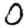
Digit: 0